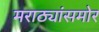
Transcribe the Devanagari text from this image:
मराठ्यांसमोर